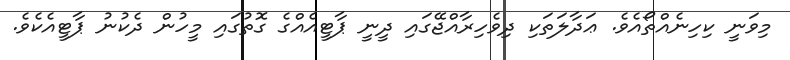
މިވަނީ ކިހިނެއްތޯއެވެ. ޢަދާލަތަކި ދިވެހިރާއްޖޭގައި ދީނީ ޕާޓީއެއްގެ ގޮތުގައި މީހުން ދެކުނު ޕާޓީއެކެވެ.